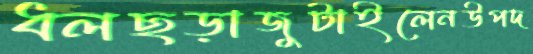
ধলছড়াজুটাইলেনউপদ